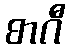
စာဂီ